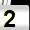
Digit: 2